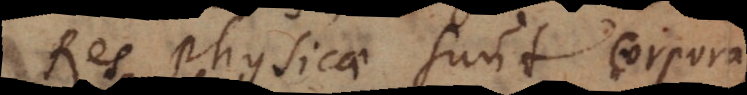
Res physicae sunt Corpora,